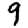
Digit: 9